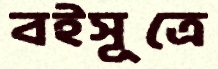
বইসূত্রে